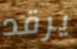
يرقد